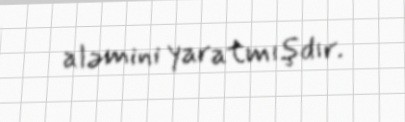
aləmini yaratmışdır.